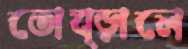
তোব্‌ড়ালে